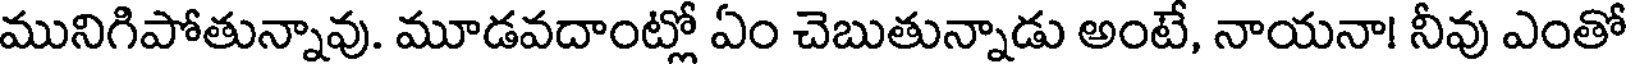
మునిగిపోతున్నావు. మూడవదాంట్లో ఏం చెబుతున్నాడు అంటే, నాయనా! నీవు ఎంతో